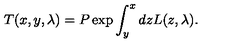
T ( x , y , \lambda ) = P \exp \int _ { y } ^ { x } d z L ( z , \lambda ) .